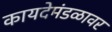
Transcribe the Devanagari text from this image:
कायदेमंडळावर